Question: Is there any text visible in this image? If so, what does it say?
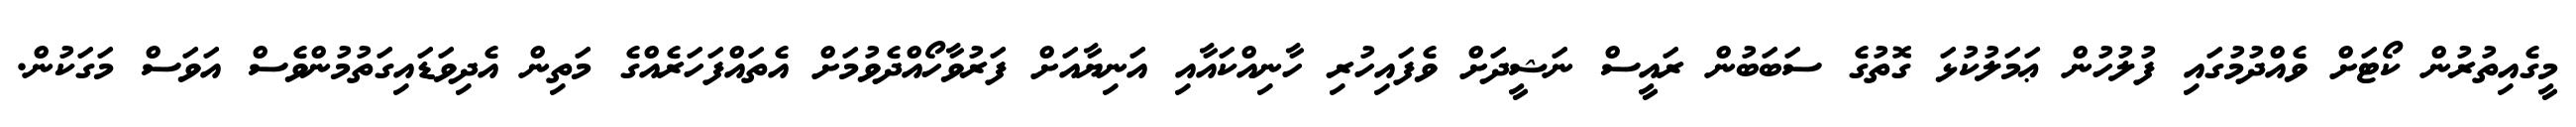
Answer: މީގެއިތުރުން ކޯޓަށް ވެއްދުމުގައި ފުލުހުން ޢަމަލުކުޅަ ގޮތުގެ ސަބަބުން ރައީސް ނަޝީދަށް ވެފައިހުރި ހާނިއްކައާއި އަނިޔާއަށް ފަރުވާހޯއްދެވުމަށް އެތައްފަހަރެއްގެ މަތިން އެދިވަޑައިގަތުމުންވެސް އަވަސް މަގަކުން.